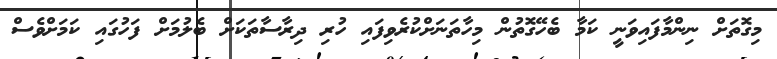
މިގޮތަށް ނިންމާފައިވަނީ ކަމާ ބެހޭގޮތުން މިހާތަނަށްކުރެވިފައި ހުރި ދިރާސާތަކަށް ބެލުމަށް ފަހުގައި ކަމަށްވެސް